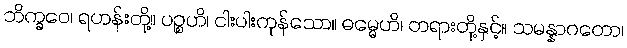
ဘိက္ခဝေ၊ ရဟန်းတို့။ ပဉ္စဟိ၊ ငါးပါးကုန်သော။ ဓမ္မေဟိ၊ တရားတို့နှင့်။ သမန္နာဂတော၊